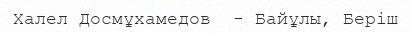
Халел Досмұхамедов  - Байұлы, Беріш